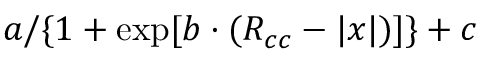
a / \{ 1 + \exp [ b \cdot ( R _ { c c } - | x | ) ] \} + c